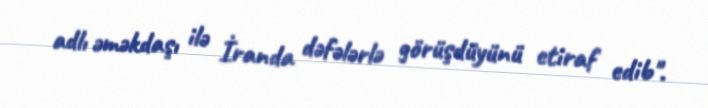
adlı əməkdaşı ilə İranda dəfələrlə görüşdüyünü etiraf edib".